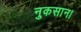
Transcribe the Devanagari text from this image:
नुकसान।